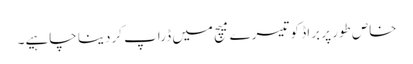
خاص طور پر براڈ کو تیسرے میچ میں ڈراپ کردینا چاہیے۔